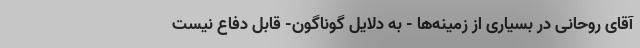
آقای روحانی در بسیاری از زمینه‌ها - به دلایل گوناگون- قابل دفاع نیست